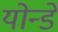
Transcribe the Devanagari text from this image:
योन्डे